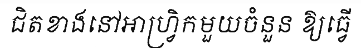
ជិតខាងនៅអាហ្វ្រិកមួយចំនួន ឱ្យធ្វើ